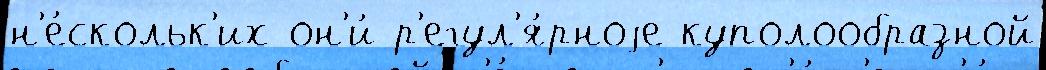
н'е́скольк'их он'и́ р'егул'я́рноjе куполообразной